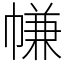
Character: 㡘